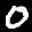
Digit: 0